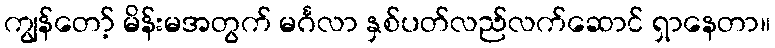
ကျွန်တော့် မိန်းမအတွက် မင်္ဂလာ နှစ်ပတ်လည်လက်ဆောင် ရှာနေတာ။